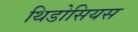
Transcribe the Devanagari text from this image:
थिडोसियस